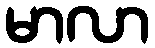
မာလာ